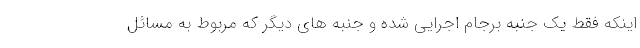
اینکه فقط یک جنبه برجام اجرایی شده و جنبه های دیگر که مربوط به مسائل